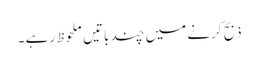
ذبح کرنے میں چند باتیں ملحوظ رہے ۔